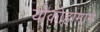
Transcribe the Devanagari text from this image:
योकोहामाने